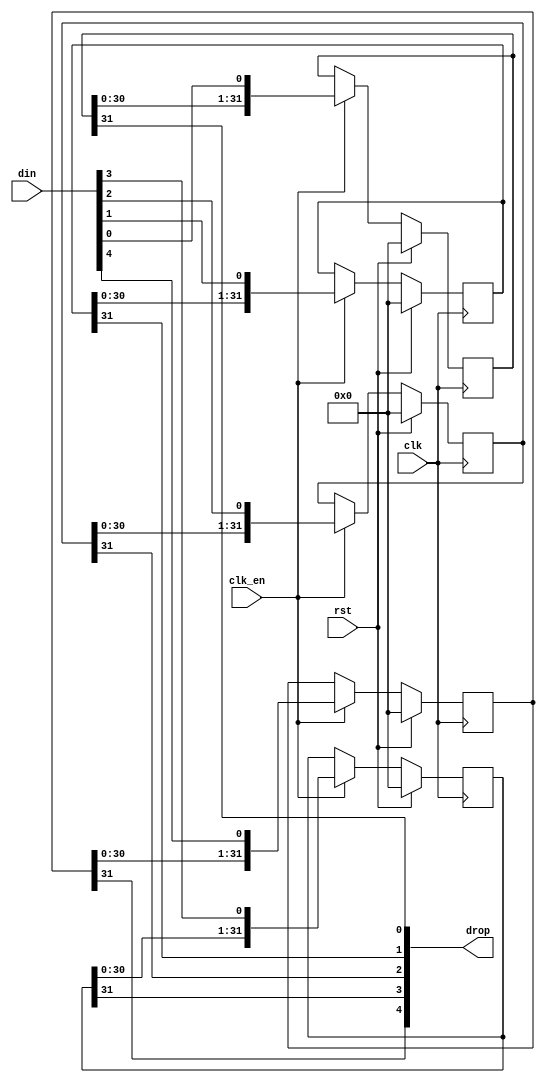
/*  This file is part of JT12.

    JT12 is free software: you can redistribute it and/or modify
    it under the terms of the GNU General Public License as published by
    the Free Software Foundation, either version 3 of the License, or
    (at your option) any later version.

    JT12 is distributed in the hope that it will be useful,
    but WITHOUT ANY WARRANTY; without even the implied warranty of
    MERCHANTABILITY or FITNESS FOR A PARTICULAR PURPOSE.  See the
    GNU General Public License for more details.

    You should have received a copy of the GNU General Public License
    along with JT12.  If not, see <http://www.gnu.org/licenses/>.

	Author: Jose Tejada Gomez. Twitter: @topapate
	Version: 1.0
	Date: 1-31-2017
	*/

`timescale 1ns / 1ps

// stages must be greater than 2
module jt12_sh_rst #(parameter width=5, stages=32, rstval=1'b0 )
(
	input					rst,	
	input 					clk,
	input					clk_en /* synthesis direct_enable */,
	input		[width-1:0]	din,
   	output		[width-1:0]	drop
);

reg [stages-1:0] bits[width-1:0];

genvar i;
integer k;
generate
initial
	for (k=0; k < width; k=k+1) begin
		bits[k] = { stages{rstval}};
	end
endgenerate

generate
	for (i=0; i < width; i=i+1) begin: bit_shifter
		always @(posedge clk) 
			if( rst ) begin
				bits[i] <= {stages{rstval}};
			end else if(clk_en) begin
				bits[i] <= {bits[i][stages-2:0], din[i]};
			end
		assign drop[i] = bits[i][stages-1];
	end
endgenerate

endmodule